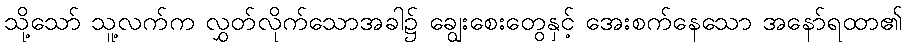
သို့သော် သူ့လက်က လွှတ်လိုက်သောအခါ၌ ချွေးစေးတွေနှင့် အေးစက်နေသော အနော်ရထာ၏